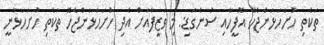
ތަކެތި ހުށަހަޅަންޖެހޭ އޮފީހާއި ސުންގަޑި: މި ވަޒީފާއަށް އެދި ހުށަހަޅަންޖެހޭ ތަކެތި ހުށަހަޅާނީ